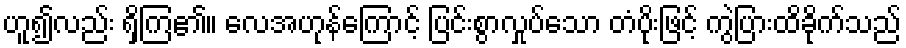
ဟူ၍လည်း ရှိကြ၏။ လေအဟုန်ကြောင့် ပြင်းစွာလှုပ်သော တံပိုးဖြင့် ကွဲပြားထိခိုက်သည်